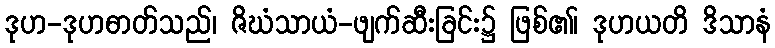
ဒုဟ-ဒုဟဓာတ်သည်၊ ဇိဃံသာယံ-ဖျက်ဆီးခြင်း၌ ဖြစ်၏၊ ဒုဟယတိ ဒိသာနံ